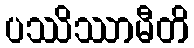
ပဿိဿာမီတိ